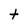
Character: t